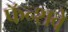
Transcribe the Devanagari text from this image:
फॅन्शवे